Scottish Leaving Certificate Examination, 1954
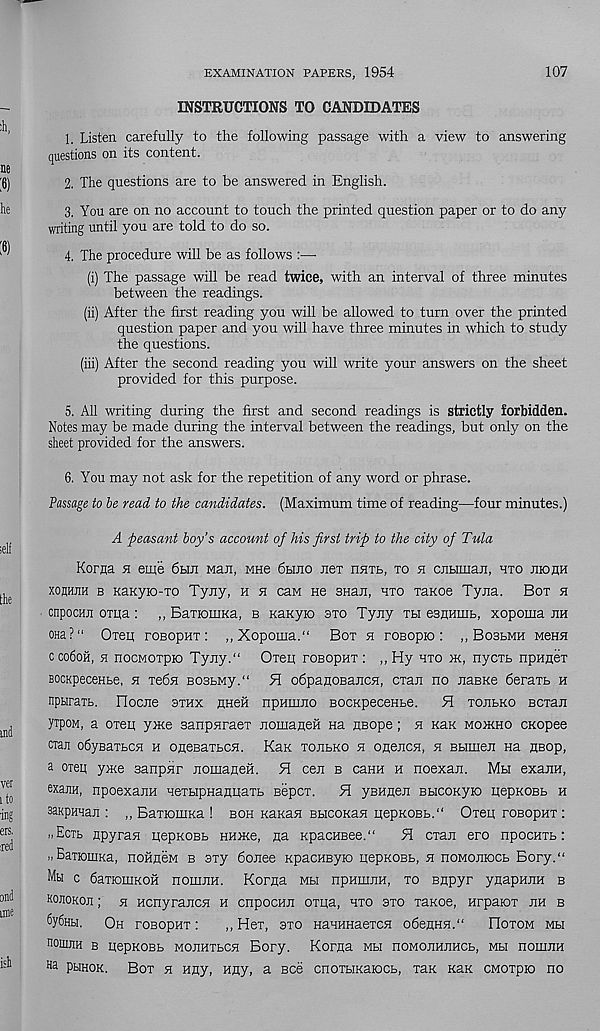
EXAMINATION PAPERS, 1954
107
INSTRUCTIONS TO CANDIDATES
1. Listen carefully to the following passage with a view to answering
questions on its content.
2. The questions are to be answered in English.
3. You are on no account to touch the printed question paper or to do any
writing until you are told to do so.
4. The procedure will be as follows :—•
(i) The passage will be read twice, with an interval of three minutes
between the readings.
(ii) After the first reading you will be allowed to turn over the printed
question paper and you will have three minutes in which to study
the questions.
(iii) After the second reading you will write your answers on the sheet
provided for this purpose.
5. All writing during the first and second readings is strictly forbidden.
Notes may be made during the interval between the readings, but only on the
sheet provided for the answers.
6. You may not ask for the repetition of any word or phrase.
Passage to be read to the candidates. (Maximum time of reading—four minutes.)
A peasant boy’s account of his first trip to the city of Tula
Korna h eiife 6hji Man, mhb 6hjio nex nnxb, to h cnbiniaji, hto jiiohh
xognjiH b KaKyio-TO Tyny, h n caw ne suan, hto Tanoe Tyna. Box h
cnpocHn oxiia : ,, BaxioiiiKa, b Kanyio axo Tyny th eBumiib, xopoma jih
0Ha?“ Oxen roBopHx : ,,Xopoina.“ Box h roBopio : „ Bobbmh mbkh
cco6oh, n nocMOxpio Tyjiy.“ Oxen roBopnx: ,,Hy hto >k, nycxb npHnex
BOCKpeceHbe, h xebn B03bMy.“ H odpanoBancn, cxan no JiaBKe 6eraxb h
nptiraxb. riocne sthx nneH npraano BOCKpeceHbe. H tojibko Bcxan
yxpoM, a oxen yxte Banpnraex nomanen na nsope; h Kan moikho cKopee
cian odyBaxbcn n OHeBaxbcn. Kan xonbKo n onencn, n Bbimen na flBop,
a oxeq yme sanpnr JiomaHeH. H cen b canH h noexan. Mu exaroi,
exaiiH, npoexanH HexbipHajmaxb Bepcx.
5T yBHuen BbicoKyio nepKOBb h
aaRpman : ,, BaxKimKa ! boh naKan BbicoKan nepKOBb.“ Oxen roBopHT :
..Ectb npyran nepKOBb HHXie, Ha KpacHBee."
91 cxan ero npocHTb:
.. BaxioiiiKa, noilneM b sxy donee KpacuByio nepKOBb, n noMonrocb Bory.“
Mu c daxiomKOH noinjin. Korna mh npHinjin, to Bnpyr ynapniiH b
KonoKon; h ncnyrancsi h cnpocnn oxna, hto oto xaKoe, nrpaioT jih b
fyfiHbi. Oh roBopHT:
,,Hex, sxo HaHHHaexcH o6enHH.“
ITotom mu
noiuiiH b nepKOBb MOJiHTbcsi Bory. Korna mu noMOJiHJiHCb, mh nonum
H a psiHOK. Box h Hny, Huy, a Bee cnoxbiKaiocb, xan Kax CMOxpio no